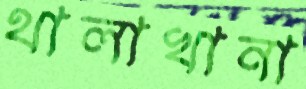
থালাখানা